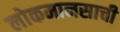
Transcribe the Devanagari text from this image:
लोकमानसाची